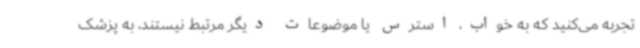
تجربه می‌کنید که به خواب، استرس یا موضوعات دیگر مرتبط نیستند، به پزشک